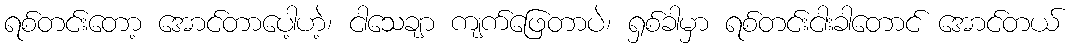
ရစ်တင်းတော့ အောင်တာပေါ့ဟဲ့၊ ငါသေချာ ကျက်ဖြေတာပဲ၊ ရှစ်ခါမှာ ရစ်တင်းငါးခါတောင် အောင်တယ်